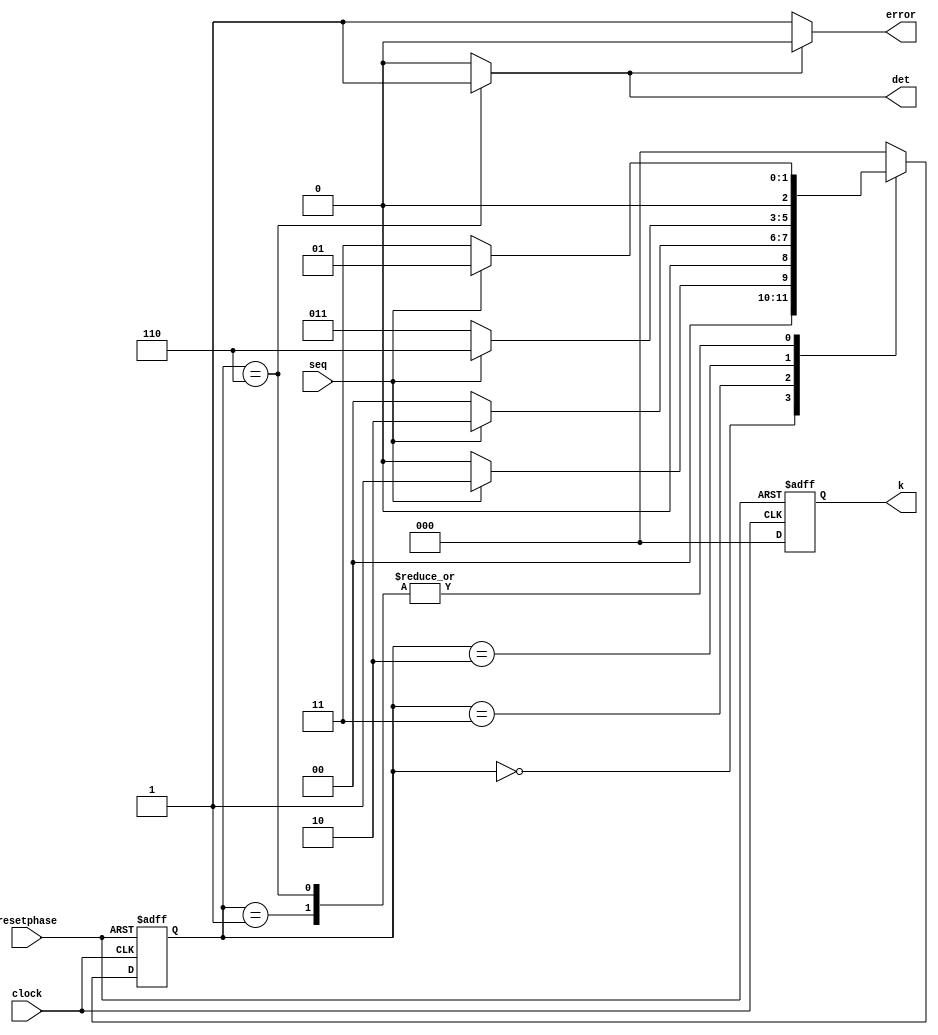
module Lock_Unlock(seq,clock,resetphase,det,error,k
    );

	 //Module Initialization
	 
	input clock; // clocking signal

	input resetphase; // reset phase

	input seq; // binary input

	output reg det; // to detect the output sequence

	output reg error; // output of the sequence detector

	reg [2:0] cs; // Current State of the machine

	reg [2:0] ns; // Next State of the machine

	localparam UNLOCKED = 2'b00, LOCKED = 2'b01; // Local Parameter to get the state
	
	output reg [2:0] k; // To store the state of the machine(Locked or Unlocked)
	
	localparam  Zero=3'b000, // "Zero" State
					OS=3'b001, // "One" State
					OZS=3'b011, // "OneZero" State
					OZOS=3'b010, // "OnceZeroOne" State
					OZOOS=3'b110;// "OneZeroOneOne" State
					
   // Module Initialization completed
	

	
// Proceeding with Moore Lgoic and determining the state

always @(posedge clock, posedge resetphase)

begin
 
 if(resetphase==1) begin
		cs <= Zero; k=LOCKED; // when resetphase=1, reset the state of the FSM to "Zero" State, Locked state
		end 
 else begin
		cs <= ns; k=UNLOCKED; // else go to next state, Unlocked state
		end 
end 
//--------------------------------------------------------------------------------------------------------------	


// Moore Finite State Machine to determine next state 

/* This part of the code is implementing
	the Moore Logic to determine the 
	next state of the system, using binary
	values '1011' as the keypress pattern */


always @(cs,seq)
begin 
 case(cs) 
 Zero:begin   // Starting with the Zero state.
  if(seq==1) // If the input value is matching the bit, it will be set into 'One' state else set to 'Zero' state.
   ns = OS;
  else
   ns = Zero; 
 end
 OS:begin    // For the 'One' State (1)
  if(seq==0)
   ns = OZS;
  else
   ns = OS;
 end
 OZS:begin  // For the 'One Zero' State (10)
  if(seq==0)
   ns = Zero;
  else
   ns = OZOS;
 end 
 OZOS:begin // For the 'One Zero One' State (101)
  if(seq==0)
   ns = OZS;
  else
   ns = OZOOS;
 end
 OZOOS:begin // For the 'One Zero One One' State (1011)
  if(seq==0)
   ns = OZS;
  else
   ns = OS;
 end
 default:ns = Zero; // The default state will be set to 'Zero'
 endcase
end
//------------------------------------------------------------------------------
			
			
	/* Logic to obtain the output for Moore Finite State Machine 
		Output is dependent upon the Current State */

		always @(cs)
		begin 
		case(cs) // Implementing the Moore Logic
				Zero:   det = 0;
				OS:   det = 0;
				OZS:  det = 0;
				OZOS:  det = 0;
				OZOOS:  det = 1;
				default:  det = 0;
				endcase
//-------------------------------------------------------------------------------				
	
	
	// To check for error
	
		if (det) begin 
		
			error=1'b0; 
			
		end
		
		else begin  
		
		/*If 'det' is 0 it means that, the sequence was 
		not right and the output(error) is flagged high(1'b1) */
		
			error=1'b1;
			
		end
		end

endmodule